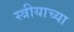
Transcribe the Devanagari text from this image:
स्त्रीयाच्या